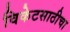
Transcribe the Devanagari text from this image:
विकेटसाठीचा